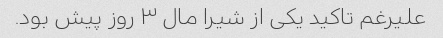
علیرغم تاکید یکی از شیرا مال ۳ روز پیش بود.